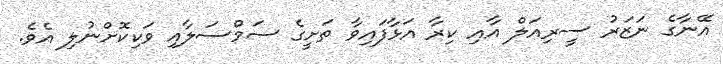
އޭނާގެ ނަޒަރު ސީރިއަލް އާއި ކިރާ އަޅާފައިވާ ތަށީގެ ސަމްސަލާއި ވަކިކޮށްނުލި އެވެ.